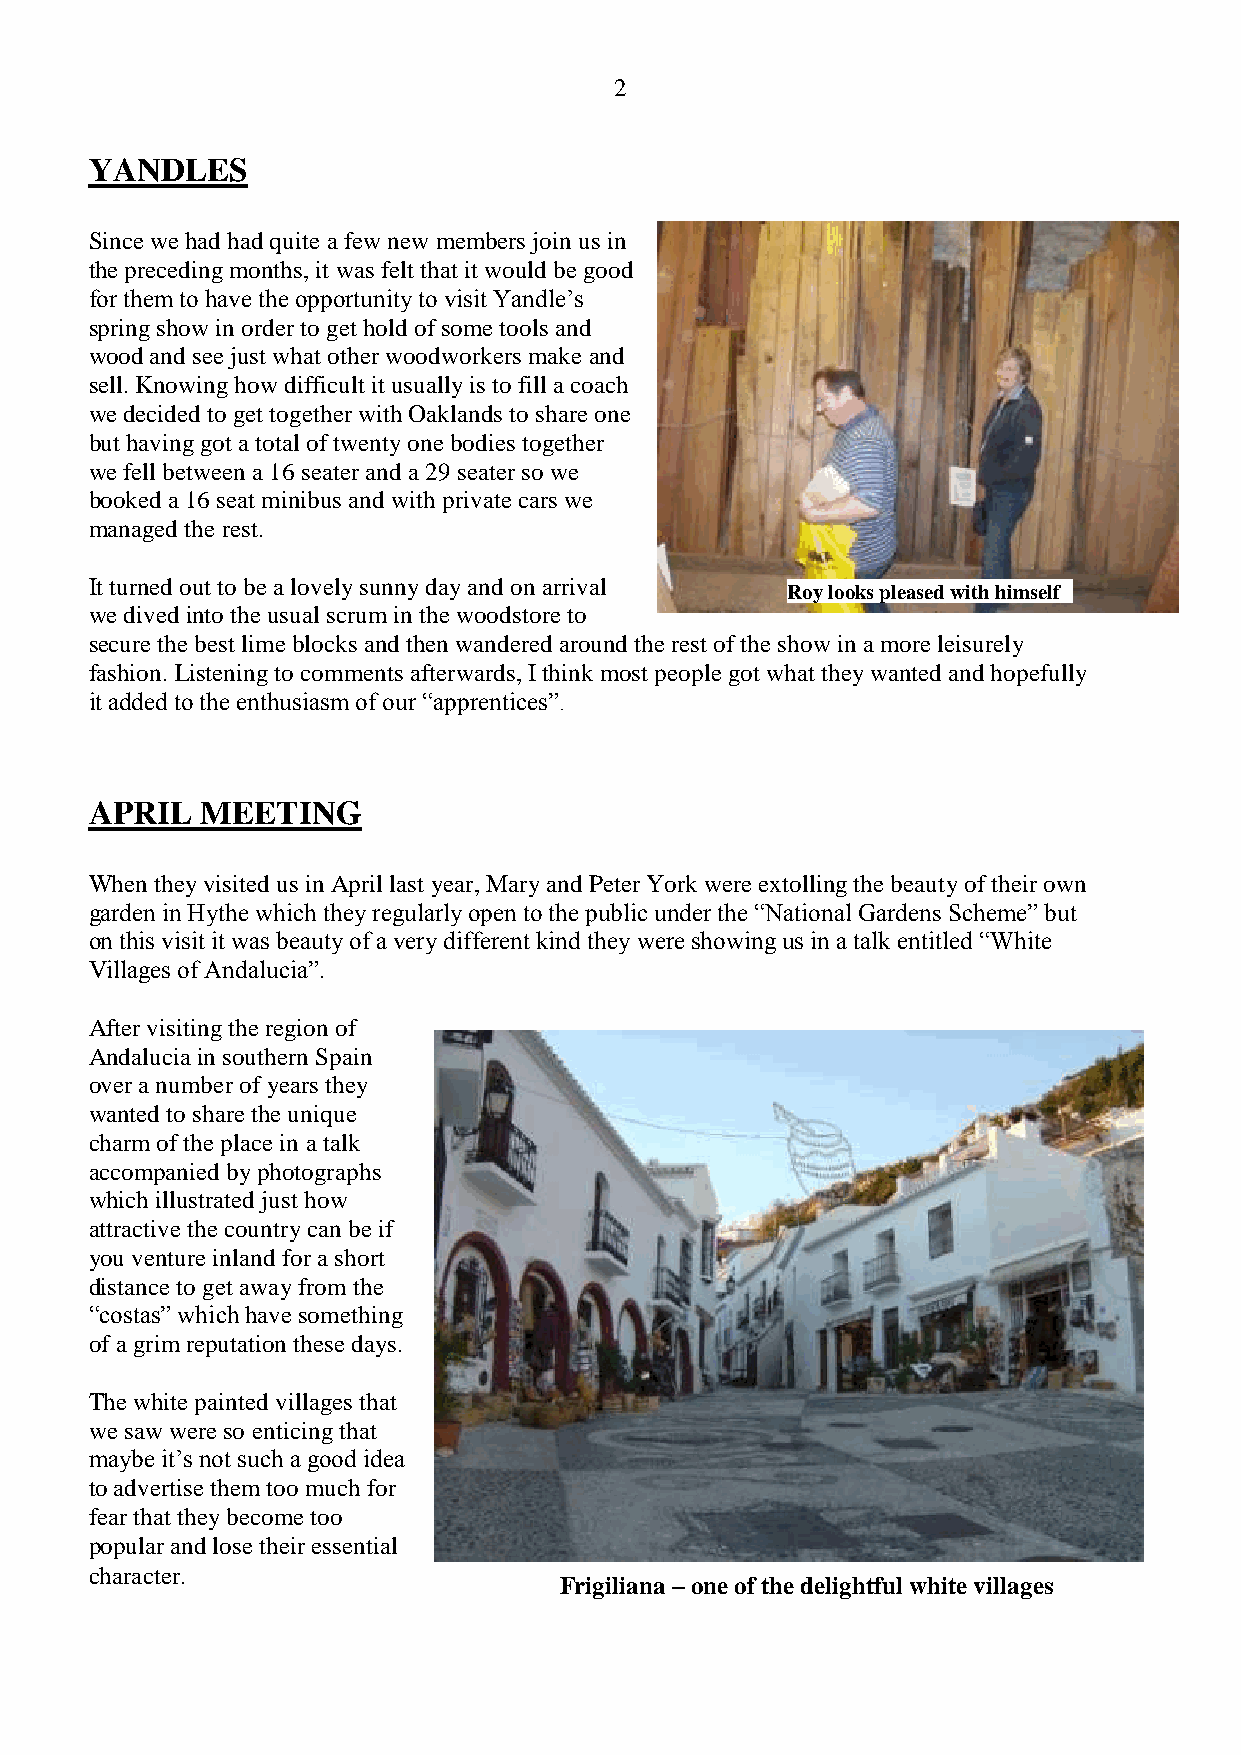
2
 YANDLES
 Since we had had quite a few new members join us in
 the preceding months, it was felt that it would be good
 for them to have the opportunity to visit Yandle’s
 spring show in order to get hold of some tools and
 wood and see just what other woodworkers make and
 sell. Knowing how difficult it usually is to fill a coach
 we decided to get together with Oaklands to share one
 but having got a total of twenty one bodies together
 we fell between a 16 seater and a 29 seater so we
 booked a 16 seat minibus and with private cars we
 managed the rest.
 It turned out to be a lovely sunny day and on arrival
 Roy looks pleased with himself
 we dived into the usual scrum in the woodstore to
 secure the best lime blocks and then wandered around the rest of the show in a more leisurely
 fashion. Listening to comments afterwards, I think most people got what they wanted and hopefully
 it added to the enthusiasm of our “apprentices”.
 APRIL  MEETING
 When they visited us in April last year, Mary and Peter York were extolling the beauty of their own
 garden in Hythe which they regularly open to the public under the “National Gardens Scheme” but
 on this visit it was beauty of a very different kind they were showing us in a talk entitled “White
 Villages of Andalucia”.
 After visiting the region of
 Andalucia in southern Spain
 over a number of years they
 wanted to share the unique
 charm of the place in a talk
 accompanied by photographs
 which illustrated just how
 attractive the country can be if
 you venture inland for a short
 distance to get away from the
 “costas” which have something
 of a grim reputation these days.
 The white painted villages that
 we saw were so enticing that
 maybe it’s not such a good idea
 to advertise them too much for
 fear that they become too
 popular and lose their essential
 character.
 Frigiliana – one of the delightful white villages